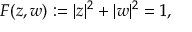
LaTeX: F ( z , w ) : = | z | ^ { 2 } + | w | ^ { 2 } = 1 ,